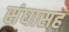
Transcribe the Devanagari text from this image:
संघासह